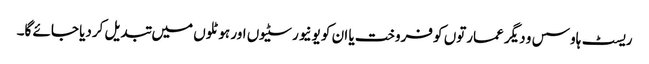
ریسٹ ہاوسس و دیگر عمارتوں کو فروخت یا ان کو یونیورسٹیوں اور ہوٹلوں میں تبدیل کردیا جائے گا۔